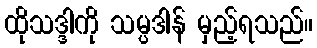
ထိုသဒ္ဒါကို သမ္ပဒါန် မှည့်ရသည်။